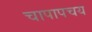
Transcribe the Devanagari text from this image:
चापापचय